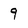
Character: 9